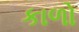
કાળો